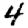
Digit: 4